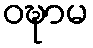
ဝဍ္ဎာမ